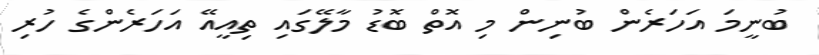
ބުނީމަ އަހަރެން ބުނިން މި އޮތް ބޮޑު މާލޭގައި ތިއީއޭ އަހަރެންގެ ހުރި